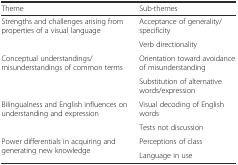
<table><thead><tr><td><b>Theme</b></td><td><b>Sub-themes</b></td></tr></thead><tbody><tr><td rowspan="2">Strengths and challenges arising from properties of a visual language</td><td>Acceptance of generality/specificity</td></tr><tr><td>Verb directionality</td></tr><tr><td rowspan="2">Conceptual understandings/misunderstandings of common terms</td><td>Orientation toward avoidance of misunderstanding</td></tr><tr><td>Substitution of alternative words/expression</td></tr><tr><td rowspan="2">Bilingualness and English influences on understanding and expression</td><td>Visual decoding of English words</td></tr><tr><td>Tests not discussion</td></tr><tr><td rowspan="2">Power differentials in acquiring and generating new knowledge</td><td>Perceptions of class</td></tr><tr><td>Language in use</td></tr></tbody></table>